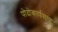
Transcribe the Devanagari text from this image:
पोदोकार्पसाए